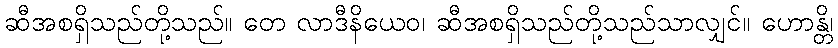
ဆီအစရှိသည်တို့သည်။ တေ လာဒီနိယေဝ၊ ဆီအစရှိသည်တို့သည်သာလျှင်။ ဟောန္တိ၊